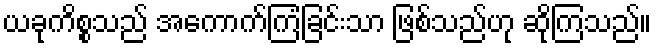
ယခုကိစ္စသည် အကောက်ကြံခြင်းသာ ဖြစ်သည်ဟု ဆိုကြသည်။